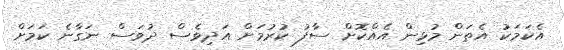
އެކަމަކު އެތަން މުޅިން އެއްކޮށް ސާފު ކުރުމަށް އަދިވެސް ދުވަސް ނަގާނެ ކަމަށް